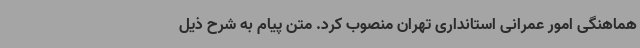
هماهنگی امور عمرانی استانداری تهران منصوب کرد. متن پیام به شرح ذیل